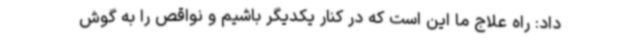
داد: راه علاج ما این است که در کنار یکدیگر باشیم و نواقص را به گوش